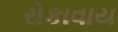
રોકાવાય